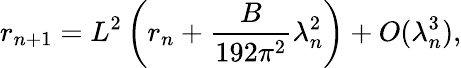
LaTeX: r_{n+1}=L^{2}\left(r_{n}+\frac{B}{192\pi^{2}}\lambda_{n}^{2}\right)+O(\lambda_{n}^{3}),